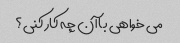
می خواهی با آن چه کار کنی؟